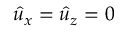
\hat { u } _ { x } = \hat { u } _ { z } = 0